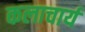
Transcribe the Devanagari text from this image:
कलाचार्य